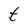
Character: t